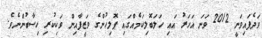
ވަދެފައިވަނީ 2012 ވަނަ އަހަރު އައި ހަލަބޮލިކަމެއްގައި ޕޮލިހުންގެ ވަޒީފާއިން ވަކިކުރި ހިސާބުންނެވެ.